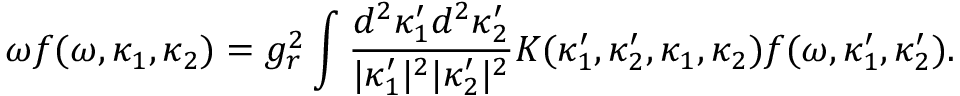
\omega f ( \omega , \kappa _ { 1 } , \kappa _ { 2 } ) = g _ { r } ^ { 2 } \int \frac { d ^ { 2 } \kappa _ { 1 } ^ { \prime } d ^ { 2 } \kappa _ { 2 } ^ { \prime } } { | \kappa _ { 1 } ^ { \prime } | ^ { 2 } | \kappa _ { 2 } ^ { \prime } | ^ { 2 } } K ( \kappa _ { 1 } ^ { \prime } , \kappa _ { 2 } ^ { \prime } , \kappa _ { 1 } , \kappa _ { 2 } ) f ( \omega , \kappa _ { 1 } ^ { \prime } , \kappa _ { 2 } ^ { \prime } ) .